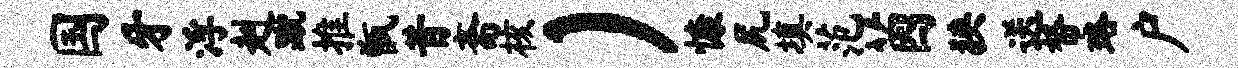
国牙浮赳蹴推甑昔斋核）慷尻填范茵狭送帑珞户